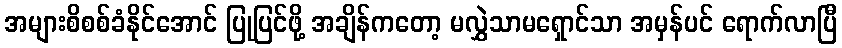
အများစိစစ်ခံနိုင်အောင် ပြုပြင်ဖို့ အချိန်ကတော့ မလွှဲသာမရှောင်သာ အမှန်ပင် ရောက်လာပြီ